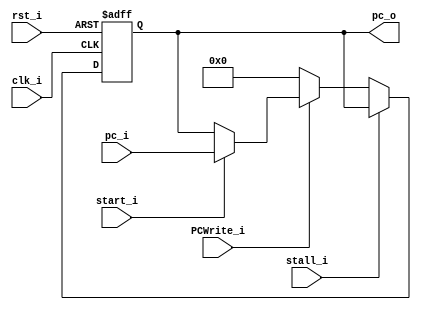
module PC
(
    clk_i,
    rst_i,
    start_i,
    stall_i,
    PCWrite_i,
    pc_i,
    pc_o
);

// Ports
input               clk_i;
input               rst_i;
input               start_i;
input               stall_i;
input               PCWrite_i;
input   [31:0]      pc_i;
output  [31:0]      pc_o;

// Wires & Registers
reg     [31:0]      pc_o;


//TO DO
//NEED TO CHECK THE LOGIC OF "stall_i"
//BY YAMASHITA

always@(posedge clk_i or negedge rst_i) begin
    if(~rst_i) begin
        pc_o <= 32'b0;
    end
    else begin
        if(stall_i) begin
        end
        else if(PCWrite_i)    begin
            if(start_i)
                pc_o <= pc_i;
        end
        else
            pc_o <= 32'b0;
    end
end

endmodule